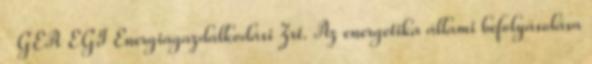
GEA EGI Energiagazdálkodási Zrt. Az energetika állami befolyásolása